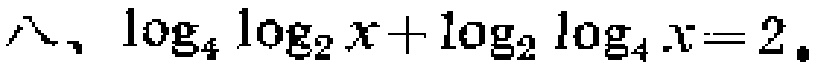
八、$\log_{4}\log_{2}x+\log_{2}\log_{4}x = 2.$